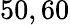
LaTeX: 50,60